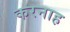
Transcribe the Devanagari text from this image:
करनाह